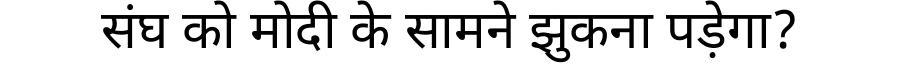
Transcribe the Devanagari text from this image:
संघ को मोदी के सामने झुकना पड़ेगा?